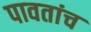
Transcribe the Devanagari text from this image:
पावतांच